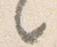
々